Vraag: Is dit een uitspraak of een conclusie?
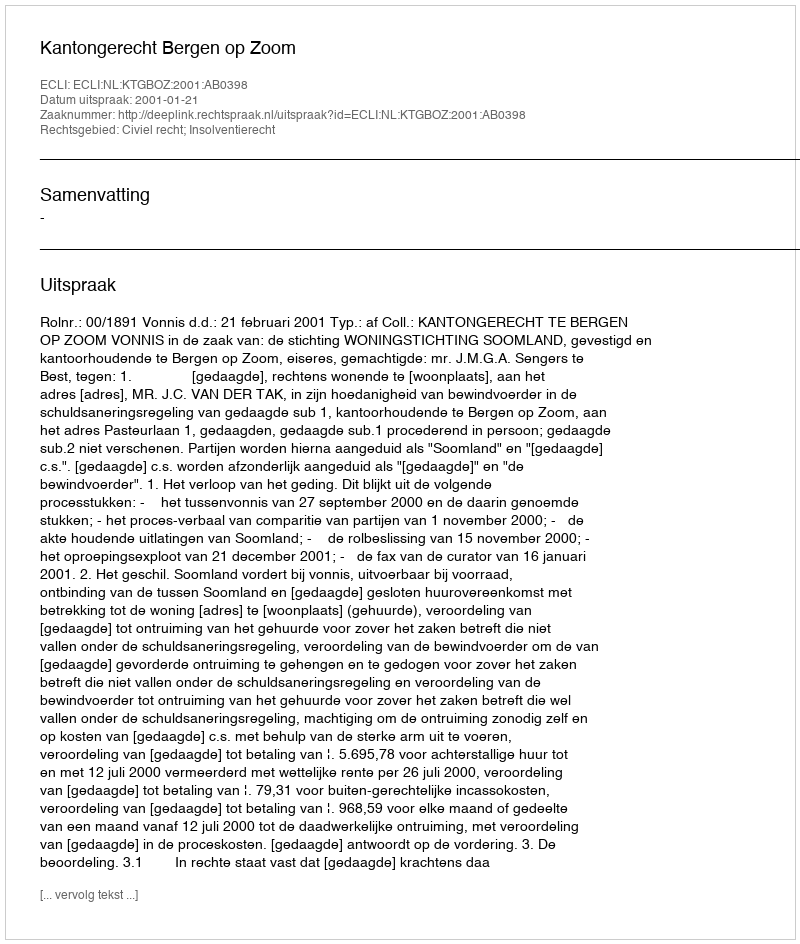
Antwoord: Uitspraak